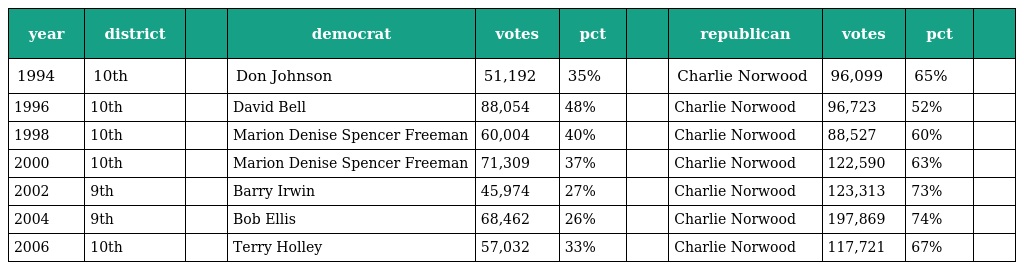
| year | district |  | democrat | votes | pct |  | republican | votes | pct |  |
 | --- | --- | --- | --- | --- | --- | --- | --- | --- | --- | --- |
 | 1994 | 10th |  | Don Johnson | 51,192 | 35% |  | Charlie Norwood | 96,099 | 65% |  |
 | 1996 | 10th |  | David Bell | 88,054 | 48% |  | Charlie Norwood | 96,723 | 52% |  |
 | 1998 | 10th |  | Marion Denise Spencer Freeman | 60,004 | 40% |  | Charlie Norwood | 88,527 | 60% |  |
 | 2000 | 10th |  | Marion Denise Spencer Freeman | 71,309 | 37% |  | Charlie Norwood | 122,590 | 63% |  |
 | 2002 | 9th |  | Barry Irwin | 45,974 | 27% |  | Charlie Norwood | 123,313 | 73% |  |
 | 2004 | 9th |  | Bob Ellis | 68,462 | 26% |  | Charlie Norwood | 197,869 | 74% |  |
 | 2006 | 10th |  | Terry Holley | 57,032 | 33% |  | Charlie Norwood | 117,721 | 67% |  |